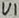
Text: VI